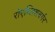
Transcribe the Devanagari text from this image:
रोएथ्लिशबर्गर